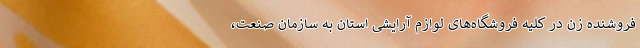
فروشنده زن در کلیه فروشگاه‌های لوازم آرایشی استان به سازمان صنعت،